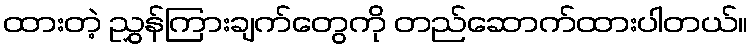
ထားတဲ့ ညွှန်ကြားချက်တွေကို တည်ဆောက်ထားပါတယ်။